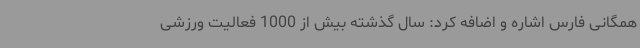
همگانی فارس اشاره و اضافه کرد: سال گذشته بیش از 1000 فعالیت ورزشی